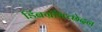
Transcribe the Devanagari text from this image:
डिंबग्रंथिच्छेदन